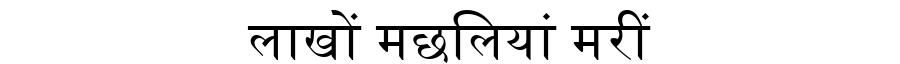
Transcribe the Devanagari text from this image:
लाखों मछलियां मरीं